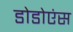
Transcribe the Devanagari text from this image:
डोडोएंस